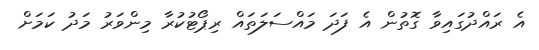
އެ ރައްދުގައިވާ ގޮތުން އެ ފަދަ މައްސަލަތައް ރިޕޯޓުކުރާ މިންވަރު މަދު ކަމަށް